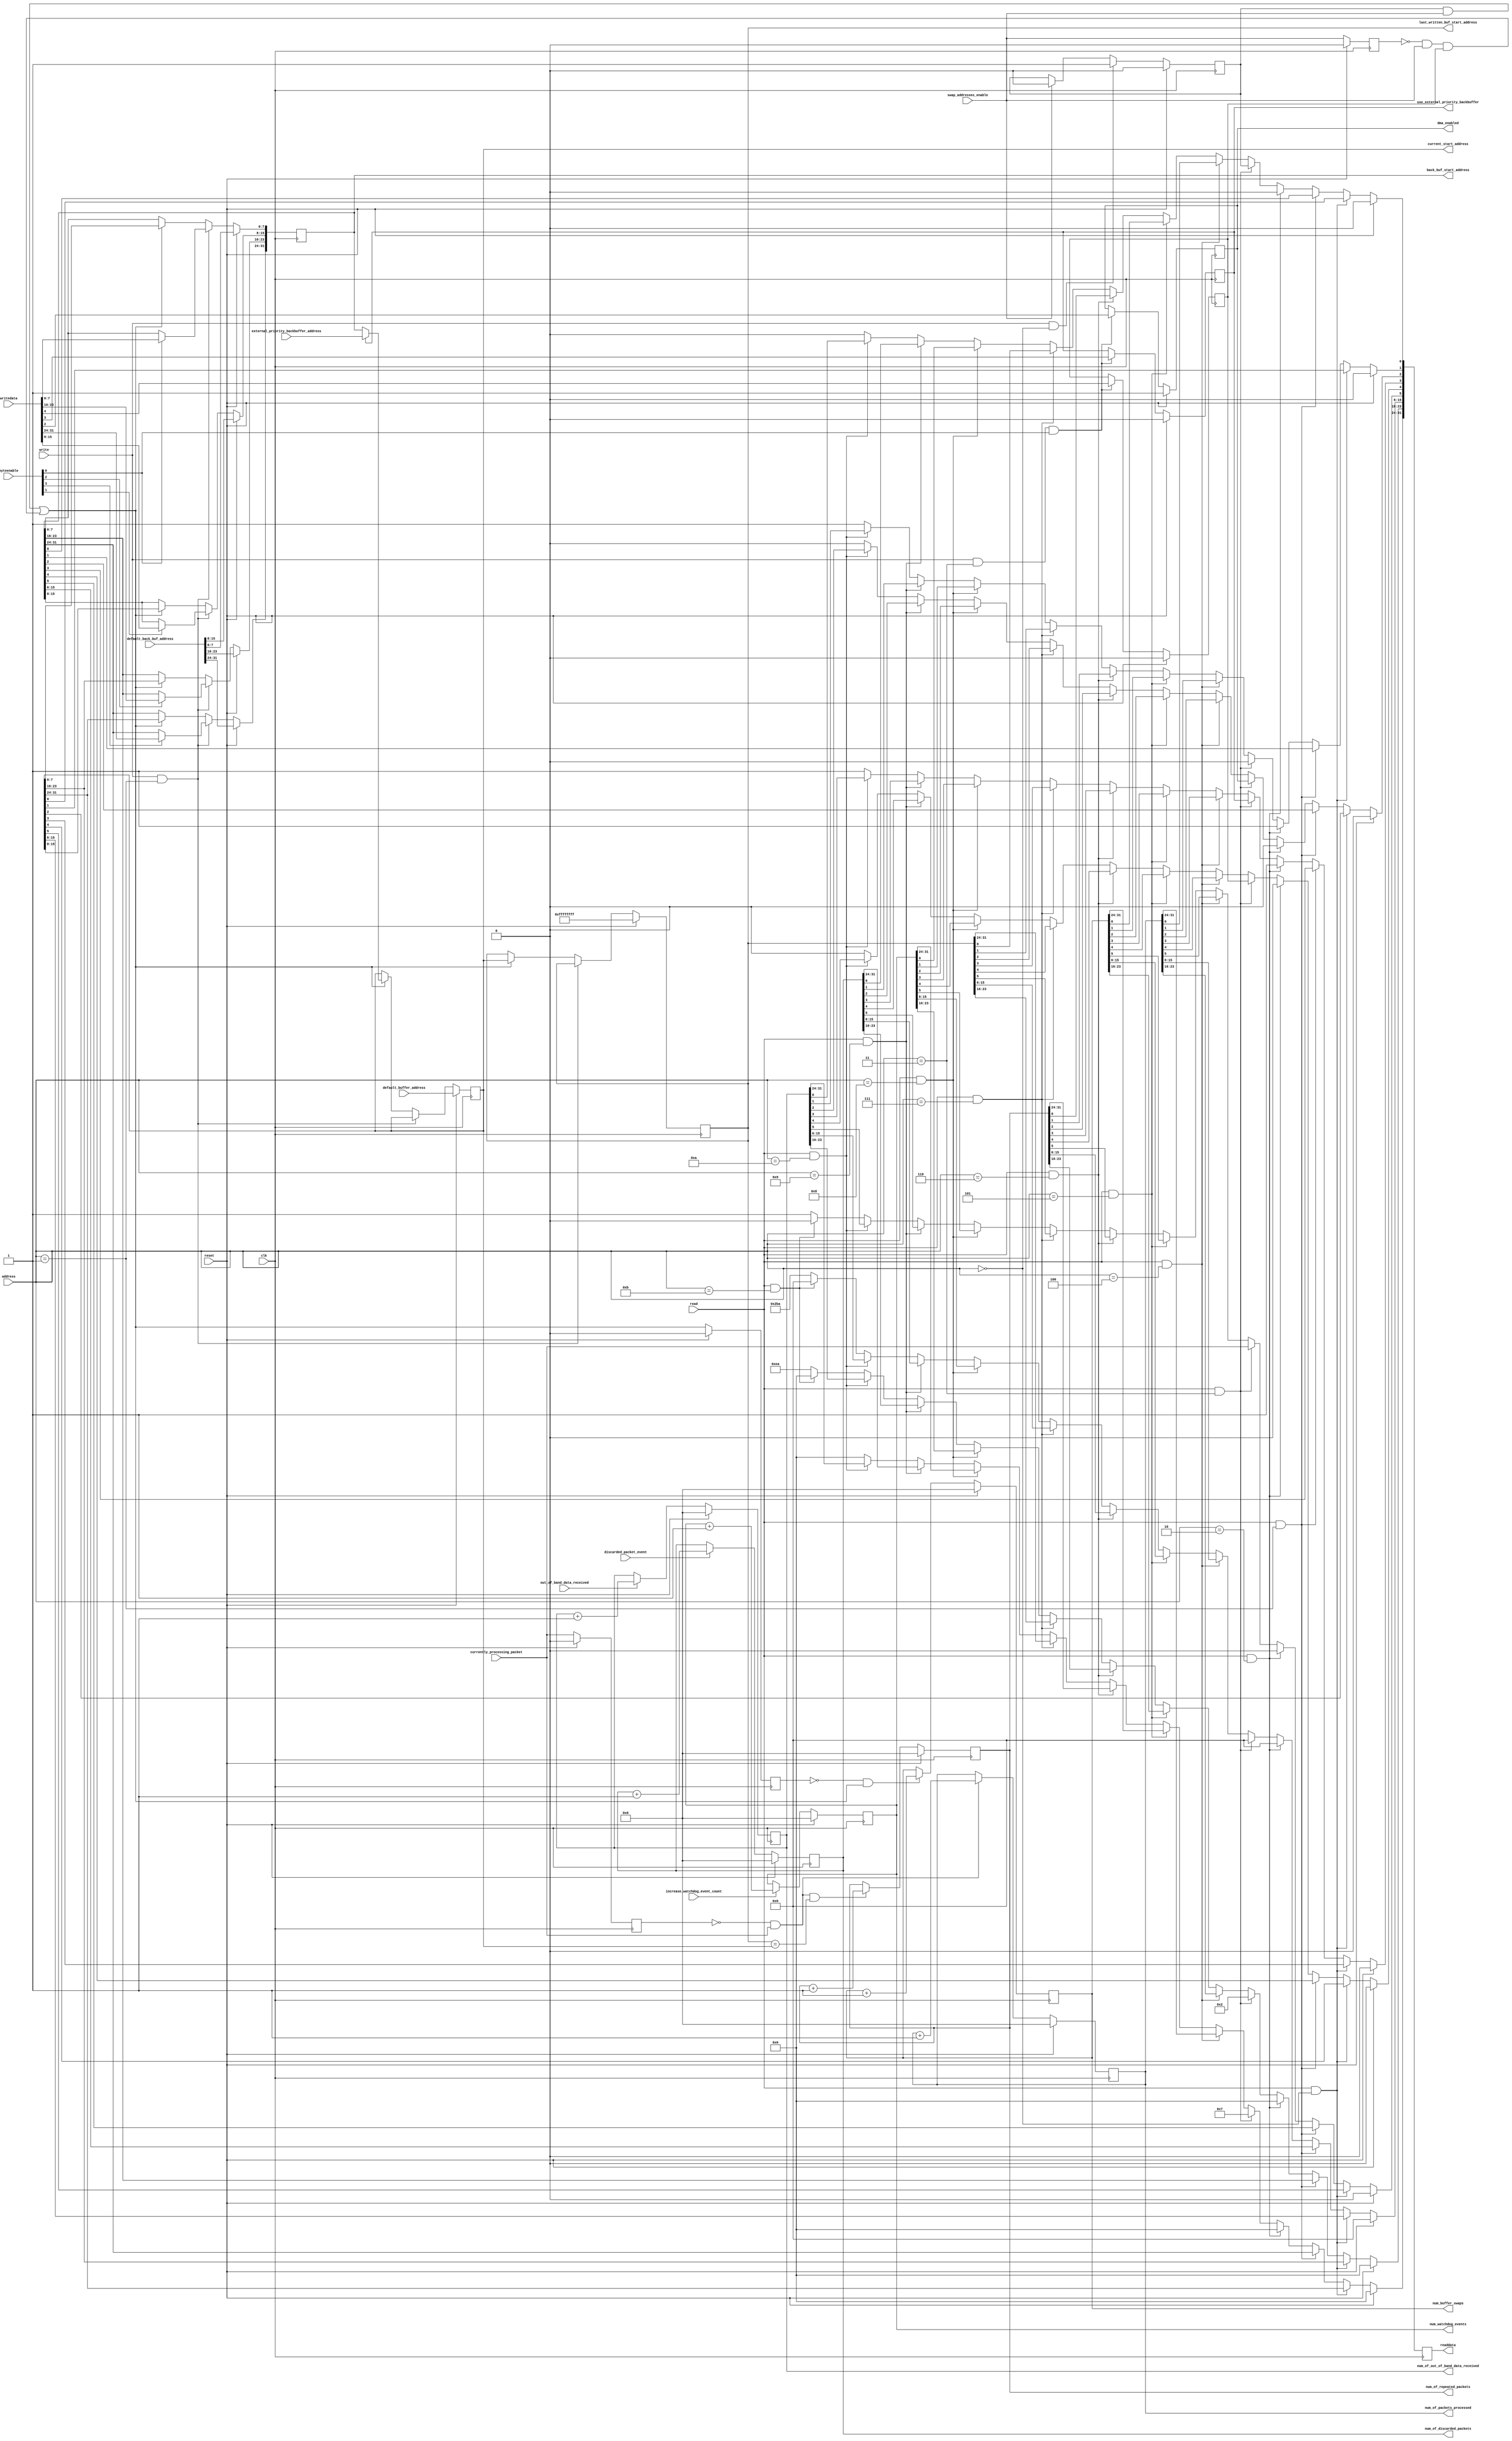
/******************************************************************************
 * License Agreement                                                          *
 *                                                                            *
 * Copyright (c) 1991-2014 Altera Corporation, San Jose, California, USA.     *
 * All rights reserved.                                                       *
 *                                                                            *
 * Any megafunction design, and related net list (encrypted or decrypted),    *
 *  support information, device programming or simulation file, and any other *
 *  associated documentation or information provided by Altera or a partner   *
 *  under Altera's Megafunction Partnership Program may be used only to       *
 *  program PLD devices (but not masked PLD devices) from Altera.  Any other  *
 *  use of such megafunction design, net list, support information, device    *
 *  programming or simulation file, or any other related documentation or     *
 *  information is prohibited for any other purpose, including, but not       *
 *  limited to modification, reverse engineering, de-compiling, or use with   *
 *  any other silicon devices, unless such use is explicitly licensed under   *
 *  a separate agreement with Altera or a megafunction partner.  Title to     *
 *  the intellectual property, including patents, copyrights, trademarks,     *
 *  trade secrets, or maskworks, embodied in any such megafunction design,    *
 *  net list, support information, device programming or simulation file, or  *
 *  any other related documentation or information provided by Altera or a    *
 *  megafunction partner, remains with Altera, the megafunction partner, or   *
 *  their respective licensors.  No other licenses, including any licenses    *
 *  needed under any third party's intellectual property, are provided herein.*
 *  Copying or modifying any file, or portion thereof, to which this notice   *
 *  is attached violates this copyright.                                      *
 *                                                                            *
 * THIS FILE IS PROVIDED "AS IS", WITHOUT WARRANTY OF ANY KIND, EXPRESS OR    *
 * IMPLIED, INCLUDING BUT NOT LIMITED TO THE WARRANTIES OF MERCHANTABILITY,   *
 * FITNESS FOR A PARTICULAR PURPOSE AND NONINFRINGEMENT. IN NO EVENT SHALL    *
 * THE AUTHORS OR COPYRIGHT HOLDERS BE LIABLE FOR ANY CLAIM, DAMAGES OR OTHER *
 * LIABILITY, WHETHER IN AN ACTION OF CONTRACT, TORT OR OTHERWISE, ARISING    *
 * FROM, OUT OF OR IN CONNECTION WITH THIS FILE OR THE USE OR OTHER DEALINGS  *
 * IN THIS FILE.                                                              *
 *                                                                            *
 * This agreement shall be governed in all respects by the laws of the State  *
 *  of California and by the laws of the United States of America.            *
 *                                                                            *
 ******************************************************************************/

module altera_up_video_dma_control_slave (
	// Inputs
	clk,
	reset,

	address,
	byteenable,
	read,
	write,
	writedata,

	swap_addresses_enable,

	// Bi-Directional

	// Outputs
	readdata,

	current_start_address,
	dma_enabled,
	use_external_priority_backbuffer,
	back_buf_start_address,
	last_written_buf_start_address,
	external_priority_backbuffer_address,
	num_buffer_swaps,
	currently_processing_packet,
	num_of_packets_processed,
	num_of_repeated_packets,
	increase_watchdog_event_count,
	num_watchdog_events,
	out_of_band_data_received,
	num_of_out_of_band_data_received,
	default_buffer_address,
	discarded_packet_event,
	num_of_discarded_packets,
    default_back_buf_address	
);


/*****************************************************************************
 *                           Parameter Declarations                          *
 *****************************************************************************/

// Parameters

parameter NUM_PIXELS_IN_FRAME = 10; //dummy
parameter NUM_OF_DMA_LOCATIONS = 10; //dummy

parameter COLOR_BITS						= 4'h7; // Bits per color plane minus 1 
parameter COLOR_PLANES					= 2'h2; // Color planes per pixel minus 1

parameter DEFAULT_DMA_ENABLED			                    = 1'b1; // 0: OFF or 1: ON
parameter DEFAULT_USE_EXTERNAL_BACKBUFFER_ADDRESS			= 1'b0; // 0: OFF or 1: ON
parameter DEFAULT_ALWAYS_DO_BUFFER_SWAP                     = 1'b0; // 0: OFF or 1: ON

/*****************************************************************************
 *                             Port Declarations                             *
 *****************************************************************************/
// Inputs
input						clk;
input						reset;

input			[ 3: 0]	address;
input			[ 3: 0]	byteenable;
input						read;
input						write;
input			[31: 0]	writedata;
input           [31: 0]	external_priority_backbuffer_address;
input           [31: 0]	default_buffer_address;
input           [31: 0]	default_back_buf_address;
input					swap_addresses_enable;
input                   currently_processing_packet;
input                   discarded_packet_event;	
input                   out_of_band_data_received;	
// Bi-Directional

// Outputs
output reg	[31: 0]	readdata;
output reg	[31: 0]	num_of_packets_processed;
output reg	[31: 0]	num_of_discarded_packets;
output reg	[31: 0]	num_of_out_of_band_data_received;
output reg	[31: 0]	num_of_repeated_packets;
output reg	[31: 0]	back_buf_start_address;
output reg	[31: 0]	last_written_buf_start_address;
output		[31: 0]	current_start_address;
output reg				dma_enabled;
output reg				use_external_priority_backbuffer;
output reg	[31: 0] num_buffer_swaps;
(*keep = 1, preserve = 1*) output reg	[31: 0] num_watchdog_events=0;
input increase_watchdog_event_count;

/*****************************************************************************
 *                           Constant Declarations                           *
 *****************************************************************************/


/*****************************************************************************
 *                 Internal Wires and Registers Declarations                 *
 *****************************************************************************/
// Internal Wires

// Internal Registers
reg			[31: 0]	buffer_start_address;

reg						buffer_swap;

// State Machine Registers

/*****************************************************************************
 *                         Finite State Machine(s)                           *
 *****************************************************************************/


/*****************************************************************************
 *                             Sequential Logic                              *
 *****************************************************************************/
wire edge_detect_swap_addresses_enable;
reg always_do_buffer_swap;
wire actual_buffer_swap_enable = ((buffer_swap & swap_addresses_enable) || (edge_detect_swap_addresses_enable & always_do_buffer_swap));

reg prev_swap_addresses_enable;
reg prev_currently_processing_packet;
reg prev_actual_buffer_swap_enable;

always @(posedge clk)
begin
     if (reset)
	 begin
	    prev_swap_addresses_enable <= 0;
		prev_currently_processing_packet <= 0;
		prev_actual_buffer_swap_enable <= 0;
	 end else
	 begin
	    prev_swap_addresses_enable <= swap_addresses_enable;
		prev_currently_processing_packet <= currently_processing_packet;
		prev_actual_buffer_swap_enable <= actual_buffer_swap_enable;
	 end
end

assign edge_detect_swap_addresses_enable = !prev_swap_addresses_enable & swap_addresses_enable;
wire edge_detect_actual_buffer_swap_enable = !prev_actual_buffer_swap_enable & actual_buffer_swap_enable;
wire edge_detect_currently_processing_packet = !prev_currently_processing_packet & currently_processing_packet;

always @(posedge clk)
begin
	if (reset)
	begin
         num_buffer_swaps <= 0;
	end else
	begin
	     if (edge_detect_actual_buffer_swap_enable)
		 begin
		      num_buffer_swaps <= num_buffer_swaps+1;
		 end
	end
end

always @(posedge clk)
begin
	if (reset)
	begin
         num_of_packets_processed <= 0;
	end else
	begin
	     if (edge_detect_currently_processing_packet)
		 begin
		      num_of_packets_processed <= num_of_packets_processed+1;
		 end
	end
end

always @(posedge clk)
begin
	if (reset)
	begin
         num_of_discarded_packets <= 0;
	end else
	begin
	     if (discarded_packet_event)
		 begin
		      num_of_discarded_packets <= num_of_discarded_packets+1;
		 end
	end
end

always @(posedge clk)
begin
	if (reset)
	begin
         num_of_out_of_band_data_received <= 0;
	end else
	begin
	     if (out_of_band_data_received)
		 begin
		      num_of_out_of_band_data_received <= num_of_out_of_band_data_received+1;
		 end
	end
end

always @(posedge clk)
begin
	if (reset)
	begin
         num_of_repeated_packets <= 0;
	end else
	begin
	     if ((edge_detect_currently_processing_packet) && (last_written_buf_start_address == buffer_start_address))
		 begin
		      num_of_repeated_packets <= num_of_repeated_packets+1;
		 end
	end
end

always @(posedge clk)
begin
     if (reset)
	 begin
	      num_watchdog_events <= 0;
	 end else
	 begin
	      if (increase_watchdog_event_count)
		  begin
		         num_watchdog_events <= num_watchdog_events + 1;
		  end
	 end
end



// Output Registers
always @(posedge clk)
begin
	if (reset)
		readdata <= 32'h00000000;
   
	else if (read & (address == 4'h0))
		readdata <= buffer_start_address;
   
	else if (read & (address == 4'h1))
		readdata <= back_buf_start_address;
   
	else if (read & (address == 4'h2))
	begin
		readdata[31:0] <= NUM_OF_DMA_LOCATIONS;
	end
   
	else if (read & (address == 4'h3))
	begin
		readdata[31:24] <= COLOR_BITS;
		readdata[23:16] <= COLOR_PLANES;
		readdata[15: 6] <= 0;
		readdata[    5] <= currently_processing_packet;
		readdata[    4] <= always_do_buffer_swap;
		readdata[    3] <= use_external_priority_backbuffer;
		readdata[    2] <= dma_enabled;
		readdata[    1] <= 0;
		readdata[    0] <= buffer_swap;
	end
	else if (read & (address == 4'h4))
	begin
	      readdata <= num_of_packets_processed;	      
	end else if (read & (address == 4'h5))
	begin
	      readdata <= num_buffer_swaps;	      
	end else if (read & (address == 4'h6))
	begin
	      readdata <= num_of_repeated_packets;	      
	end else if (read & (address == 4'h7))
	begin
	     readdata <= last_written_buf_start_address;
	end else if (read & (address == 4'h8))
	begin
	     readdata <= num_watchdog_events;
	end else if (read & (address == 4'h9))
	begin
	     readdata <= num_of_discarded_packets;
	end else if (read & (address == 4'hA))
	begin
	     readdata <= num_of_out_of_band_data_received;
	end else if (read & (address == 4'hB))
	begin
	     readdata <= NUM_PIXELS_IN_FRAME;
	end else
	begin
	     readdata <= 32'hEAAEAA;
	end
end

 
// Internal Registers
always @(posedge clk)
begin
	if (reset)
	begin
		buffer_start_address	<= default_buffer_address;
		back_buf_start_address	<= default_back_buf_address;
		last_written_buf_start_address <= 32'hFFFFFFFF;
	end
	else if (write & (address == 4'h1))
	begin
		if (byteenable[0])
			back_buf_start_address[ 7: 0] <= writedata[ 7: 0];
		if (byteenable[1])
			back_buf_start_address[15: 8] <= writedata[15: 8];
		if (byteenable[2])
			back_buf_start_address[23:16] <= writedata[23:16];
		if (byteenable[3])
			back_buf_start_address[31:24] <= writedata[31:24];
	end
	else if (actual_buffer_swap_enable)
	begin
		buffer_start_address           <= use_external_priority_backbuffer ? external_priority_backbuffer_address : back_buf_start_address;
		back_buf_start_address         <= buffer_start_address;
		last_written_buf_start_address <= buffer_start_address; 
	end
end

always @(posedge clk)
begin
	if (reset)
		buffer_swap <= 1'b0;
	else if (write & (address == 4'h0))
		buffer_swap <= 1'b1;
	else if (swap_addresses_enable)
		buffer_swap <= 1'b0;
end

always @(posedge clk)
begin
	if (reset)
	begin
		dma_enabled <= DEFAULT_DMA_ENABLED;
		use_external_priority_backbuffer <= DEFAULT_USE_EXTERNAL_BACKBUFFER_ADDRESS;
		always_do_buffer_swap <= DEFAULT_ALWAYS_DO_BUFFER_SWAP;
	end
	else if (write & (address == 4'h3) & byteenable[0])
	begin
		dma_enabled <= writedata[2];
		use_external_priority_backbuffer <=  writedata[3];
		always_do_buffer_swap <= writedata[4];
	end
end

/*****************************************************************************
 *                            Combinational Logic                            *
 *****************************************************************************/

// Output Assignments
assign current_start_address	= buffer_start_address;

// Internal Assignments

/*****************************************************************************
 *                              Internal Modules                             *
 *****************************************************************************/


endmodule